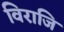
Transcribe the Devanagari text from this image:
विराजि